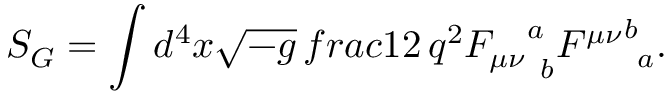
S _ { G } = \int d ^ { 4 } x \sqrt { - g } \, f r a c { 1 } { 2 \, q ^ { 2 } } { F _ { \mu \nu } } _ { \ b } ^ { a } { F ^ { \mu \nu } } _ { \ a } ^ { b } .